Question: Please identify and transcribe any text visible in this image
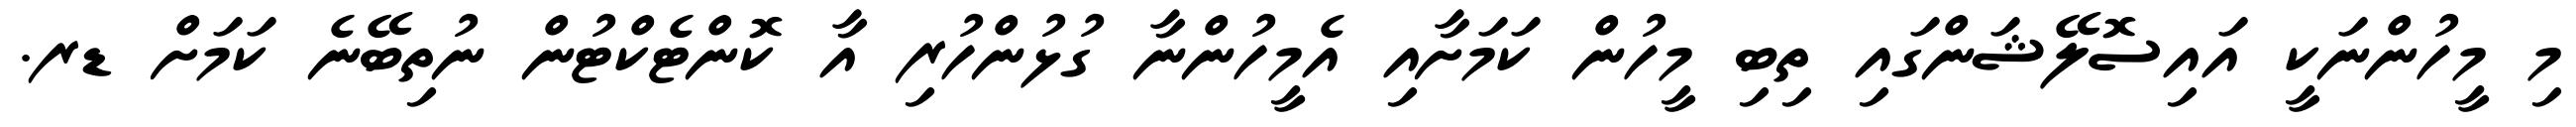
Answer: މި މީހުންނަކީ އައިސޮލޭޝަންގައި ތިބި މީހުން ކަމަށާއި އެމީހުންނާ ގުޅުންހުރި އާ ކޮންޓެކްޓުން ނުތިބޭނެ ކަމަށް ޑރ.